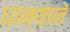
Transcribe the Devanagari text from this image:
धान्यानें